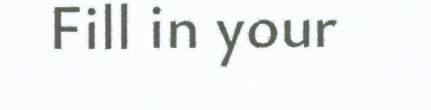
Fill in your